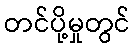
တင်ပို့မှုတွင်